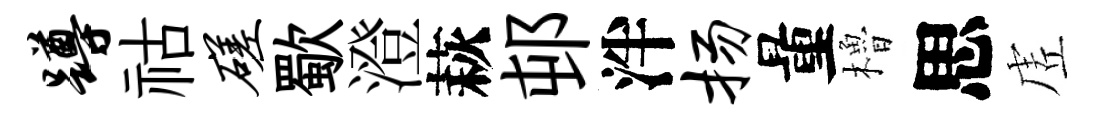
蹲祜磋歜澄萩邨泮扬量櫓思虗